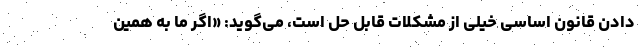
دادن قانون اساسی خیلی از مشکلات قابل حل است، می‌گوید: «اگر ما به همین